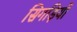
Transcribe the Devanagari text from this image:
सिगड़ियों